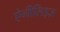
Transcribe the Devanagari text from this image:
ऐनीलिड्ज़